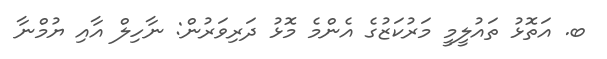
ބ. އަތޮޅު ތައުލީމީ މަރުކަޒުގެ އެންމެ މޮޅު ދަރިވަރުން: ނާހިލް އާއި ޔުމްނާ